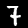
Digit: 7